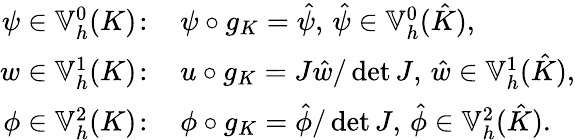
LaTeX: \begin{array}{rl}{\psi\in\mathbb{V}_{h}^{0}(K)\! :\, }&{\psi\circ g_{K}=\hat{\psi},\, \hat{\psi}\in\mathbb{V}_{h}^{0}(\hat{K}),}\\ {w\in\mathbb{V}_{h}^{1}(K)\! :\, }&{u\circ g_{K}=J\hat{w}/\operatorname*{det}J,\, \hat{w}\in\mathbb{V}_{h}^{1}(\hat{K}),}\\ {\phi\in\mathbb{V}_{h}^{2}(K)\! :\, }&{\phi\circ g_{K}=\hat{\phi}/\operatorname*{det}J,\, \hat{\phi}\in\mathbb{V}_{h}^{2}(\hat{K}).}\end{array}